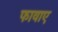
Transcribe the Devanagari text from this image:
फावाए